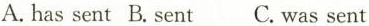
A. has sent B.Sent C.Was sent